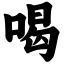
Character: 喝